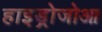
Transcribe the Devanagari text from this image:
हाइड्रोजोआ